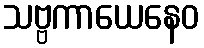
သဗ္ဗကာယေနေဝ